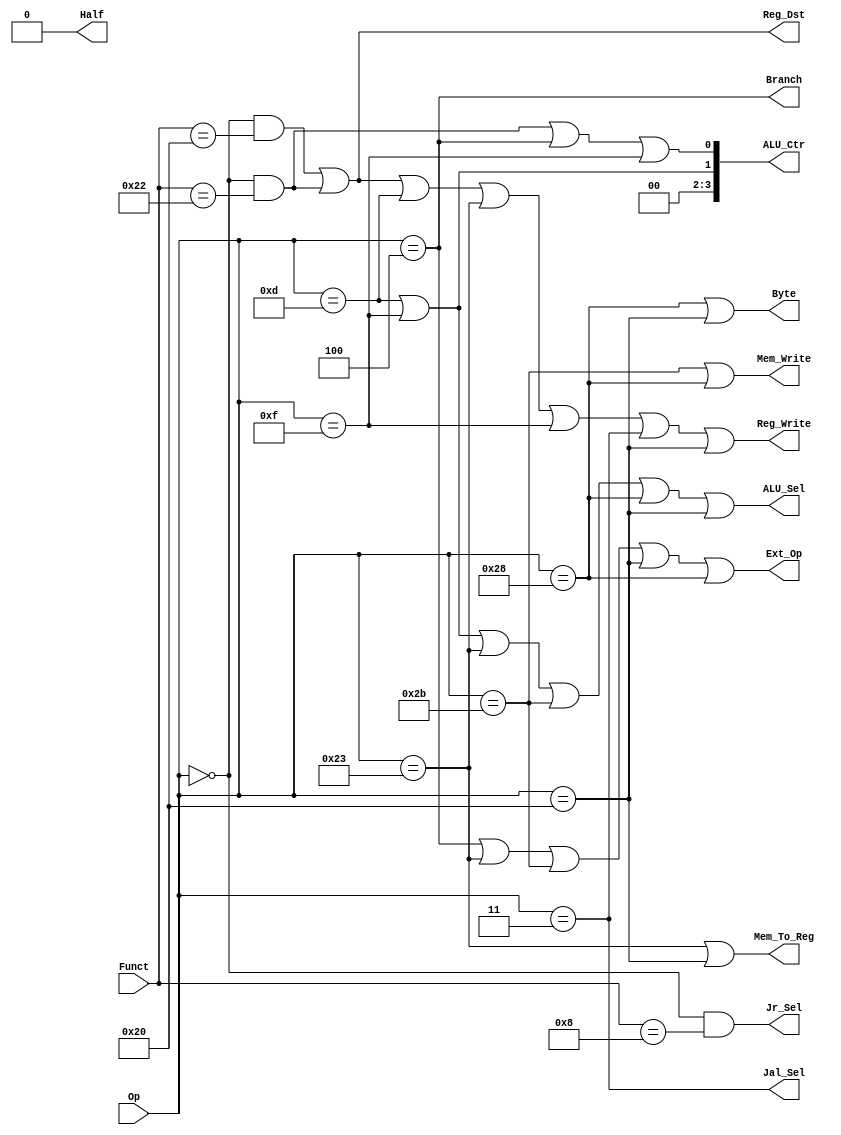
`timescale 1ns / 1ps
//////////////////////////////////////////////////////////////////////////////////
// Company: 
// Engineer: 
// 
// Design Name: 
// Module Name:    controller 
// Project Name: 
// Target Devices: 
// Tool versions: 
// Description: 
//
// Dependencies: 
//
// Revision: 
// Revision 0.01 - File Created
// Additional Comments: 
//
//////////////////////////////////////////////////////////////////////////////////
module controller (
    input [5:0] Op,
    input [5:0] Funct,

    output ALU_Sel,
    output Mem_To_Reg,
    output Mem_Write,
    output Reg_Dst,
    output Reg_Write,
    output Branch,
    output Ext_Op,
    output Jal_Sel,
    output Jr_Sel,
	 output Byte,
	 output Half,
    output [3:0] ALU_Ctr
);

  wire add = (Op == 6'b000000 && Funct == 6'b100000);
  wire sub = (Op == 6'b000000 && Funct == 6'b100010);
  wire ori = (Op == 6'b001101);
  wire lw = (Op == 6'b100011);
  wire sw = (Op == 6'b101011);
  wire beq = (Op == 6'b000100);
  wire lui = (Op == 6'b001111);
  wire jal = (Op == 6'b000011);
  wire jr = (Op == 6'b000000 && Funct == 6'b001000);
  wire sb = (Op == 6'b101000);
  wire lb = (Op == 6'b100000);

  assign ALU_Sel    = ori | lui | lw | sw |sb|lb| 1'b0;//
  assign Mem_To_Reg = lw |lb| 1'b0;//
  assign Mem_Write  = sw |sb| 1'b0;//
  assign Reg_Dst    = add | sub | 1'b0;
  assign Reg_Write  = add | sub | ori | lw | lui | jal |lb| 1'b0;//
  assign Branch     = beq | 1'b0;
  assign Ext_Op     = beq | lw | sw |lb|sb| 1'b0;//
  assign Jal_Sel    = jal | 1'b0;
  assign Jr_Sel     = jr | 1'b0;
  assign Byte		  = sb | lb | 1'b0;
  assign ALU_Ctr[0] = sub | beq | lui | 1'b0;
  assign ALU_Ctr[1] = ori | lui | 1'b0;
  assign ALU_Ctr[2] = 1'b0;
  assign ALU_Ctr[3] = 1'b0;

  assign Half = 1'b0;


endmodule